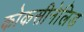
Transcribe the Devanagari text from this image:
कोकसीनेलिड